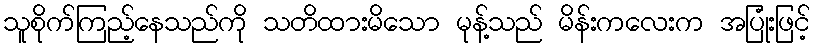
သူစိုက်ကြည့်နေသည်ကို သတိထားမိသော မုန့်သည် မိန်းကလေးက အပြုံးဖြင့်